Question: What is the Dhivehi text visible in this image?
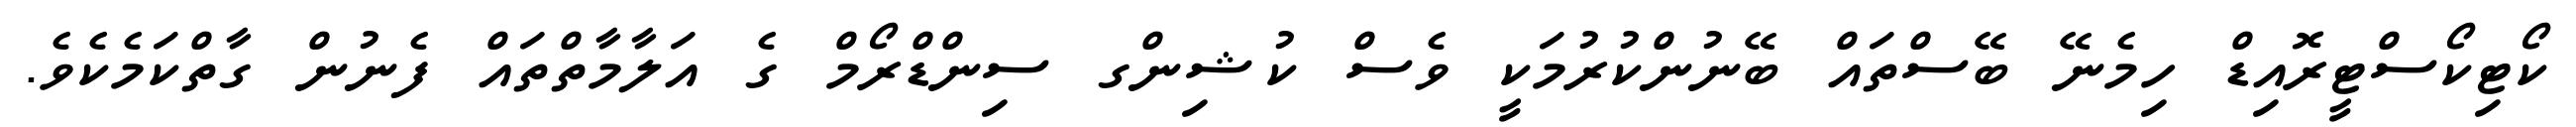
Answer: ކޯޓިކޯސްޓީރޮއިޑް ހިމެނޭ ބޭސްތައް ބޭނުންކުރުމަކީ ވެސް ކުޝިންގ ސިންޑްރޯމް ގެ އަލާމާތްތައް ފެނުން ގާތްކަމެކެވެ.